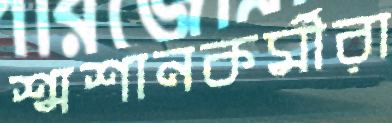
শ্মশানকর্মীরা